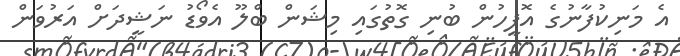
އެ މަނިކުފާނުގެ އޮފީހުން ބުނި ގޮތުގައި މިޝަން ބްލޫ އެވޯޑު ނަޝީދަށް އަރުވަން